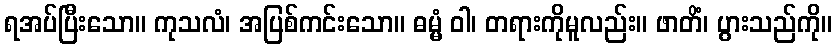
ရအပ်ပြီးသော။ ကုသလံ၊ အပြစ်ကင်းသော။ ဓမ္မံ ဝါ၊ တရားကိုမူလည်း။ ဖာတိံ၊ ပွားသည်ကို။